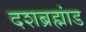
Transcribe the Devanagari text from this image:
दशब्रह्मांड